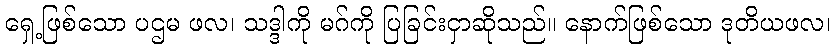
ရှေ့ဖြစ်သော ပဌမ ဖလ၊ သဒ္ဒါကို မဂ်ကို ပြခြင်းငှာဆိုသည်။ နောက်ဖြစ်သော ဒုတိယဖလ၊